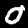
Label: 0